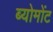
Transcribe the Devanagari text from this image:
ब्योमोंट